Report of the Hyderabad Chloroform Commission
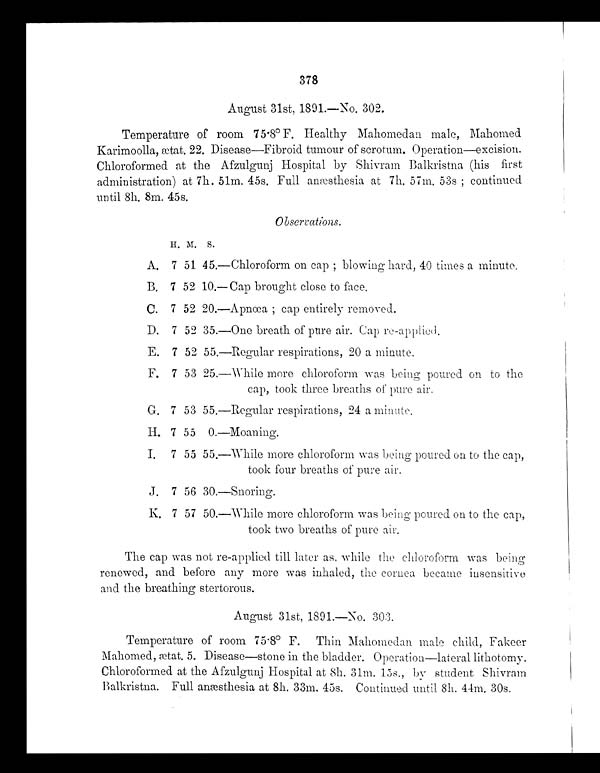
378
August 31st, 1891.—No. 302.
Temperature of room 75.8° F. Healthy Mahomedan male, Mahomed
Karimoolla, ætat. 22. Disease—Fibroid tumour of scrotum. Operation—excision.
Chloroformed at the Afzulgunj Hospital by Shivram Balkristna (his first
administration) at 7h. 51m. 45s. Full anæsthesia at 7h. 57m. 53s; continued
until 8h. 8m. 45s.
H. M. S.
A.
7 51
4 5 . —Chloroform on cap; blowing hard, 40 times a minute.
B.
7 52 10.
—Cap brought close to face.
C.
7 52
2 0 .
—Apnœa; cap entirely removed.
D.
7 52
3 5 . —One breath of pure air. Cap re-applied.
E.
7 52
5 5 . —Regular respirations, 20 a minute.
F.
7 53
2 5 .
—While more chloroform was being poured on to the
cap, took three breaths of pure air.
G.
7 53
5 5 . —Regular respirations, 24 a minute.
H . 7 55
0. —Moaning.
I . 7 55
5 5 . —While more chloroform was being poured on to the cap,
took four breaths of pure air.
J.
7 56
3 0 .
—Snoring.
K.
7 57
5 0 .
—While more chloroform was being poured on to the cap,
took two breaths of pure air.
The cap was not re-applied till later as, while the chloroform was being
renewed, and before any more was inhaled, the cornea became insensitive
and the breathing stertorous.
August 31st, 1891.—No. 303.
Temperature of room 75.8° F. Thin Mahomedan male child, Fakeer
Mahomed, ætat. 5. Disease—stone in the bladder. Operation—lateral lithotomy.
Chloroformed at the Afzulgunj Hospital at 8h. 31m. 15s., by student Shivram
Balkristna. Full anæsthesia at 8h. 33m. 45s. Continued until 8h. 44m. 30s.